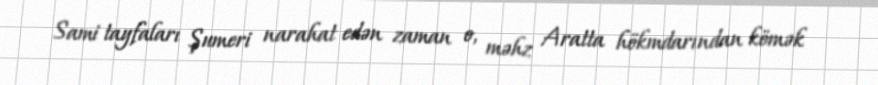
Sami tayfaları Şumeri narahat edən zaman o, məhz Aratta hökmdarından kömək